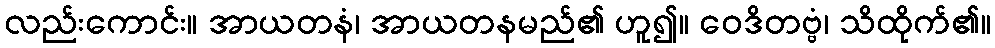
လည်းကောင်း။ အာယတနံ၊ အာယတနမည်၏ ဟူ၍။ ဝေဒိတဗ္ဗံ၊ သိထိုက်၏။